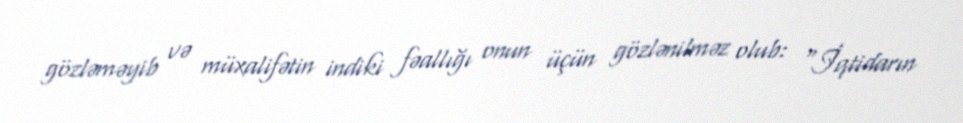
gözləməyib və müxalifətin indiki fəallığı onun üçün gözlənilməz olub: “İqtidarın